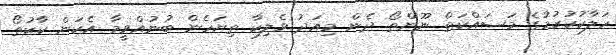
ހަލާކުކުރުމުގެ މަސައްކަތް ނޫންތޯ ދެން މިއަދު ވެލިކާ ތިޔަހެން ބުނުއްވީމާ އެކަން ކާކުތޯ